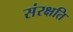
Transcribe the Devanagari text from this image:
संरक्षति